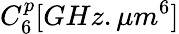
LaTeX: C_{6}^{p}[GHz.\mu m^{6}]